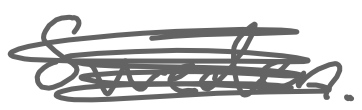
Text: Sweden.
Cross-out: scratch
Writing tool: digital_gray